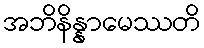
အဘိနိန္နာမေဿတိ